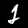
Label: 2